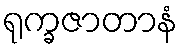
ရုက္ခဇာတာနံ